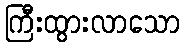
ကြီးထွားလာသော